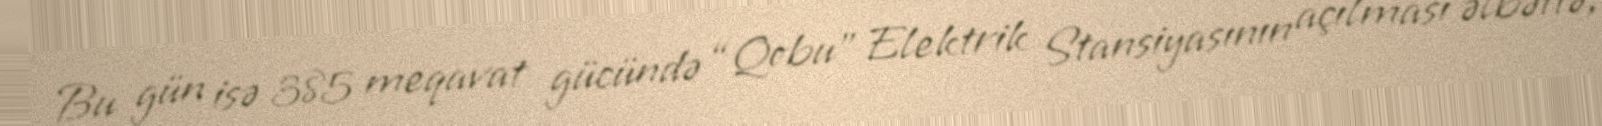
Bu gün isə 385 meqavat gücündə “Qobu” Elektrik Stansiyasının açılması əlbəttə,